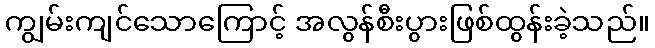
ကျွမ်းကျင်သောကြောင့် အလွန်စီးပွားဖြစ်ထွန်းခဲ့သည်။